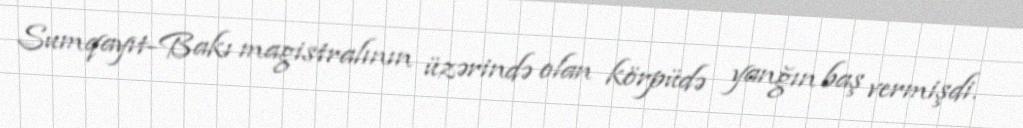
Sumqayıt-Bakı magistralının üzərində olan körpüdə yanğın baş vermişdi.